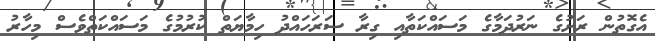
އެގޮތުން ރަށުގެ ނަރުދަމާގެ މަސައްކަތާއި ގިރާ ސަރަހައްދު ހިމާޔަތް ކުރުމުގެ މަސައްކަތްވެސް މިހާރު